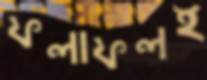
ফলাফলই